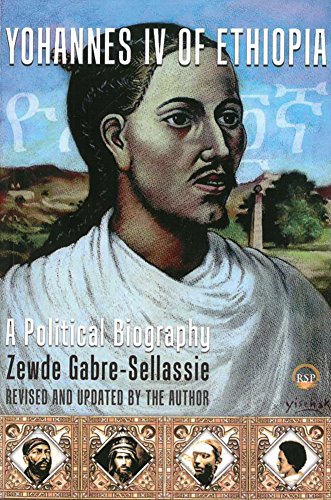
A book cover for Yohannes IV of Ethiopia: A Political Biography; Zewde Gabre-Sellassie; History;